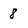
Character: 8